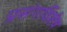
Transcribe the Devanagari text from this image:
प्रसंगविशेष